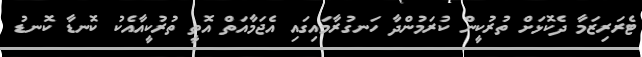
ޓެރަރިޒަމާ ދެކޮޅަށް ތުރުކީން ކުރަމުންދާ ހަނގުރާމައިގައި އެޖަމާއަތް އޮތީ ތުރުކީއާއެކު ކޮނޑާ ކޮނޑު